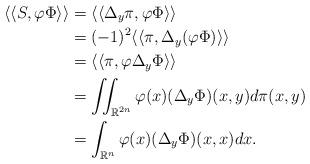
LaTeX: \begin{align*}\langle\langle S,\varphi\Phi\rangle\rangle &= \langle\langle \Delta_y\pi,\varphi\Phi\rangle\rangle\\&= (-1)^2 \langle\langle \pi,\Delta_y(\varphi\Phi)\rangle\rangle\\&= \langle\langle \pi,\varphi\Delta_y\Phi\rangle\rangle\\&= \iint_{\mathbb{R}^{2n}}\varphi(x)(\Delta_y\Phi)(x,y) d\pi(x,y)\\&= \int_{\mathbb{R}^{n}}\varphi(x)(\Delta_y\Phi)(x,x) dx.\end{align*}